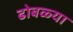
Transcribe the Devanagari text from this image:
ढोबळ्या